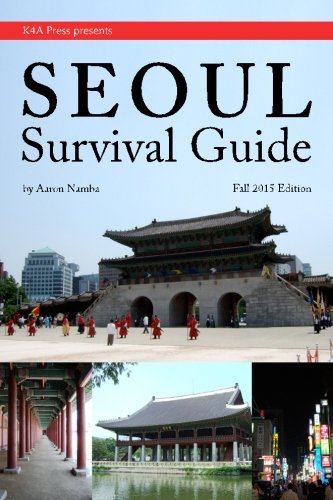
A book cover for Seoul Survival Guide; Mr. Aaron Namba; Travel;